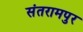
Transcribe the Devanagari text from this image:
संतरामपुर